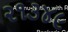
૨૧૩૪૯